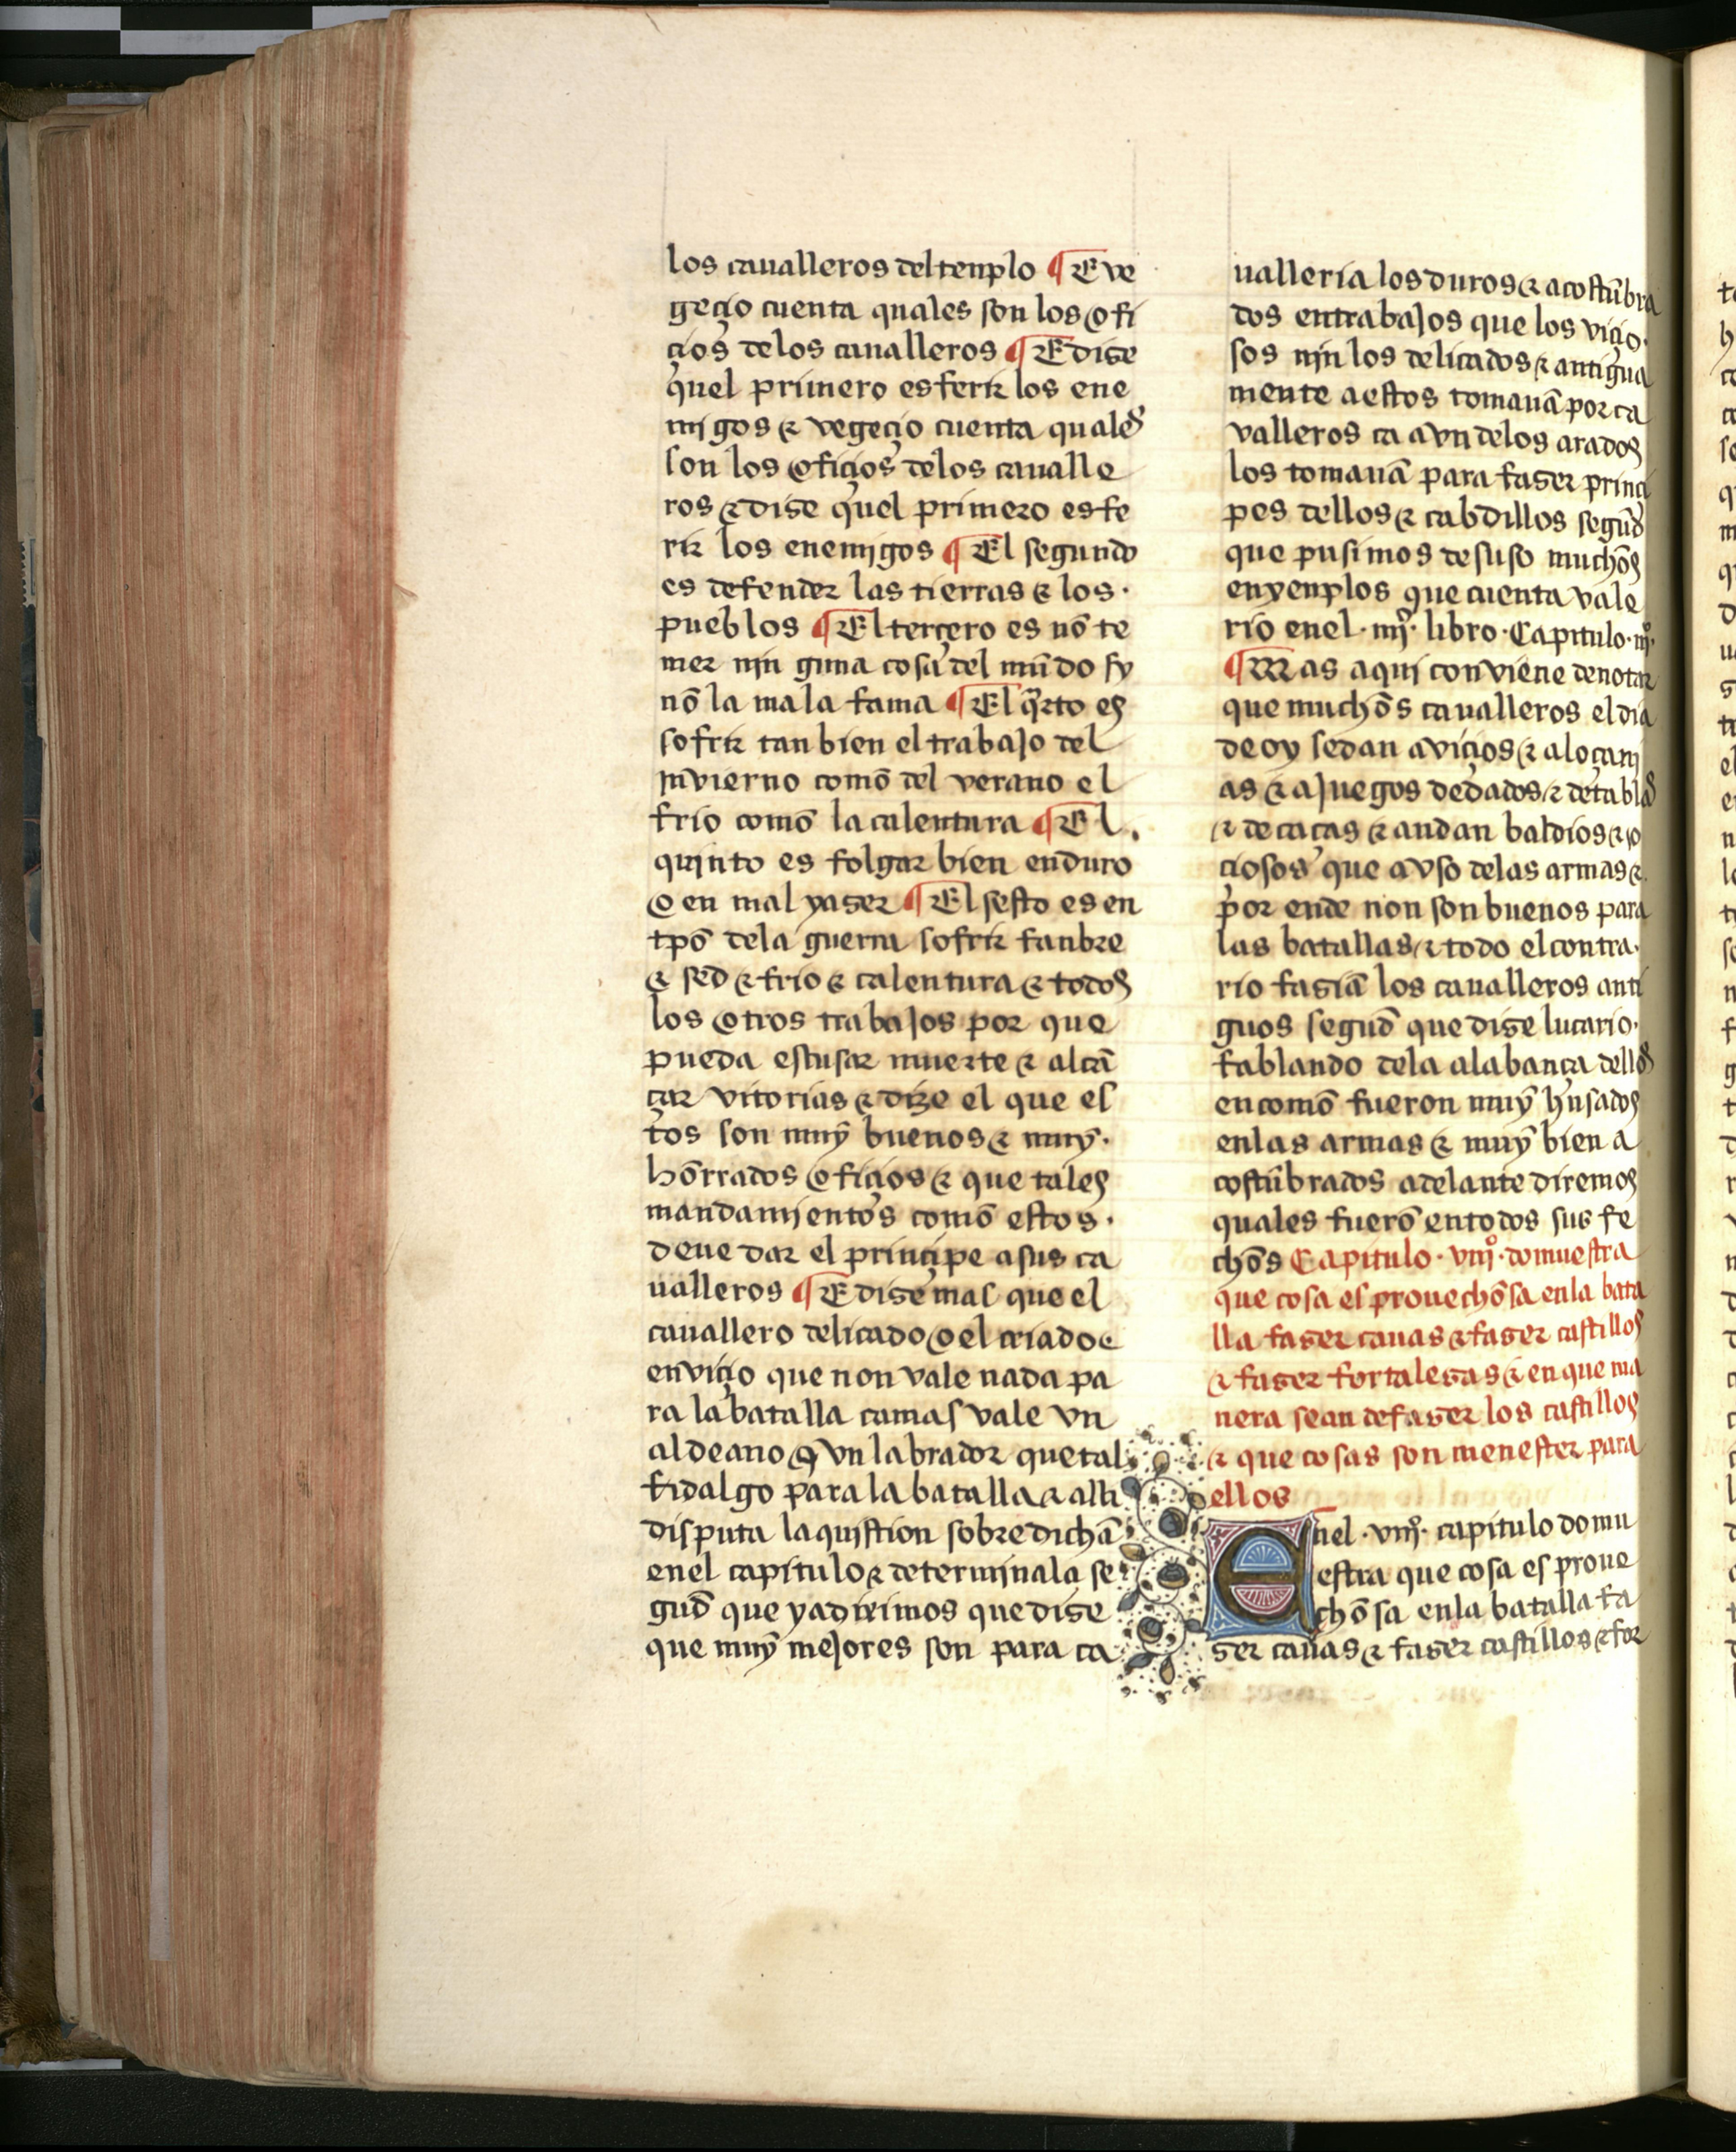
Shelfmark: Salamanca, Biblioteca Histórica USAL, 2709
Century: 15